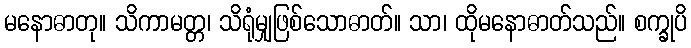
မနောဓာတု။ သိကာမတ္တ၊ သိရုံမျှဖြစ်သောဓာတ်။ သာ၊ ထိုမနောဓာတ်သည်။ စက္ခုပိ